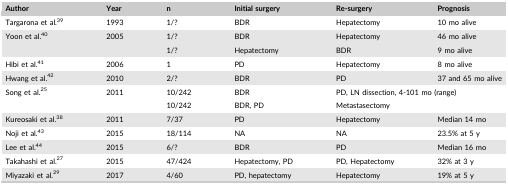
<table><thead><tr><td><b>Author</b></td><td><b>Year</b></td><td><b>n</b></td><td><b>Initial surgery</b></td><td><b>Re‐surgery</b></td><td><b>Prognosis</b></td></tr></thead><tbody><tr><td>Targarona et al.39</td><td>1993</td><td>1/?</td><td>BDR</td><td>Hepatectomy</td><td>10 mo alive</td></tr><tr><td rowspan="2">Yoon et al.40</td><td rowspan="2">2005</td><td>1/?</td><td>BDR</td><td>Hepatectomy</td><td>46 mo alive</td></tr><tr><td>1/?</td><td>Hepatectomy</td><td>BDR</td><td>9 mo alive</td></tr><tr><td>Hibi et al.41</td><td>2006</td><td>1</td><td>PD</td><td>Hepatectomy</td><td>8 mo alive</td></tr><tr><td>Hwang et al.42</td><td>2010</td><td>2/?</td><td>BDR</td><td>PD</td><td>37 and 65 mo alive</td></tr><tr><td rowspan="2">Song et al.25</td><td rowspan="2">2011</td><td>10/242</td><td>BDR</td><td colspan="2">PD, LN dissection, 4‐101 mo (range)</td></tr><tr><td>10/242</td><td>BDR, PD</td><td colspan="2">Metastasectomy</td></tr><tr><td>Kureosaki et al.38</td><td>2011</td><td>7/37</td><td>PD</td><td>Hepatectomy</td><td>Median 14 mo</td></tr><tr><td>Noji et al.43</td><td>2015</td><td>18/114</td><td>NA</td><td>NA</td><td>23.5% at 5 y</td></tr><tr><td>Lee et al.44</td><td>2015</td><td>6/?</td><td>BDR</td><td>PD</td><td>Median 16 mo</td></tr><tr><td>Takahashi et al.27</td><td>2015</td><td>47/424</td><td>Hepatectomy, PD</td><td>PD, Hepatectomy</td><td>32% at 3 y</td></tr><tr><td>Miyazaki et al.29</td><td>2017</td><td>4/60</td><td>PD, hepatectomy</td><td>Hepatectomy</td><td>19% at 5 y</td></tr></tbody></table>